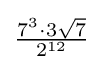
{\tfrac {7^{3}\cdot 3{\sqrt {7}}}{2^{12}}}